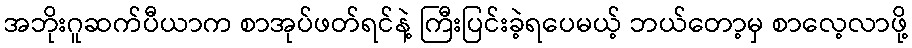
အဘိုးဂူဆက်ပီယာက စာအုပ်ဖတ်ရင်နဲ့ ကြီးပြင်းခဲ့ရပေမယ့် ဘယ်တော့မှ စာလေ့လာဖို့